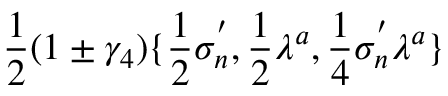
\frac { 1 } { 2 } ( 1 \pm \gamma _ { 4 } ) \{ \frac { 1 } { 2 } \sigma _ { n } ^ { ' } , \frac { 1 } { 2 } \lambda ^ { a } , \frac { 1 } { 4 } \sigma _ { n } ^ { ' } \lambda ^ { a } \}